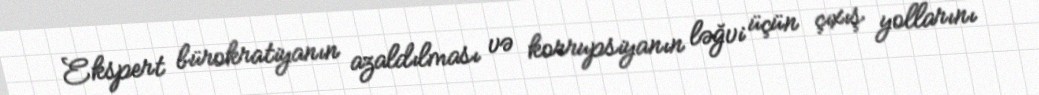
Ekspert bürokratiyanın azaldılması və korrupsiyanın ləğvi üçün çıxış yollarını